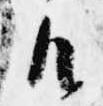
御